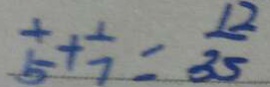
\frac { 1 } { 5 } + \frac { 1 } { 7 } = \frac { 1 2 } { 3 5 }